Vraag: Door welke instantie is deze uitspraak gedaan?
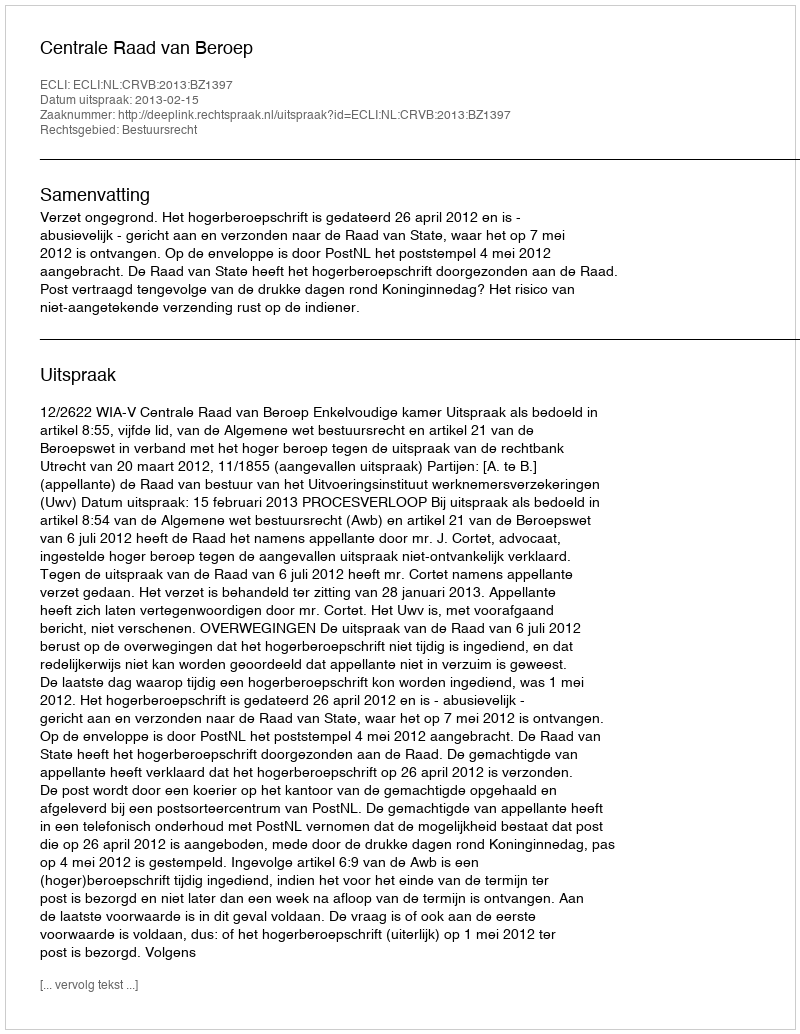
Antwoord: Centrale Raad van Beroep